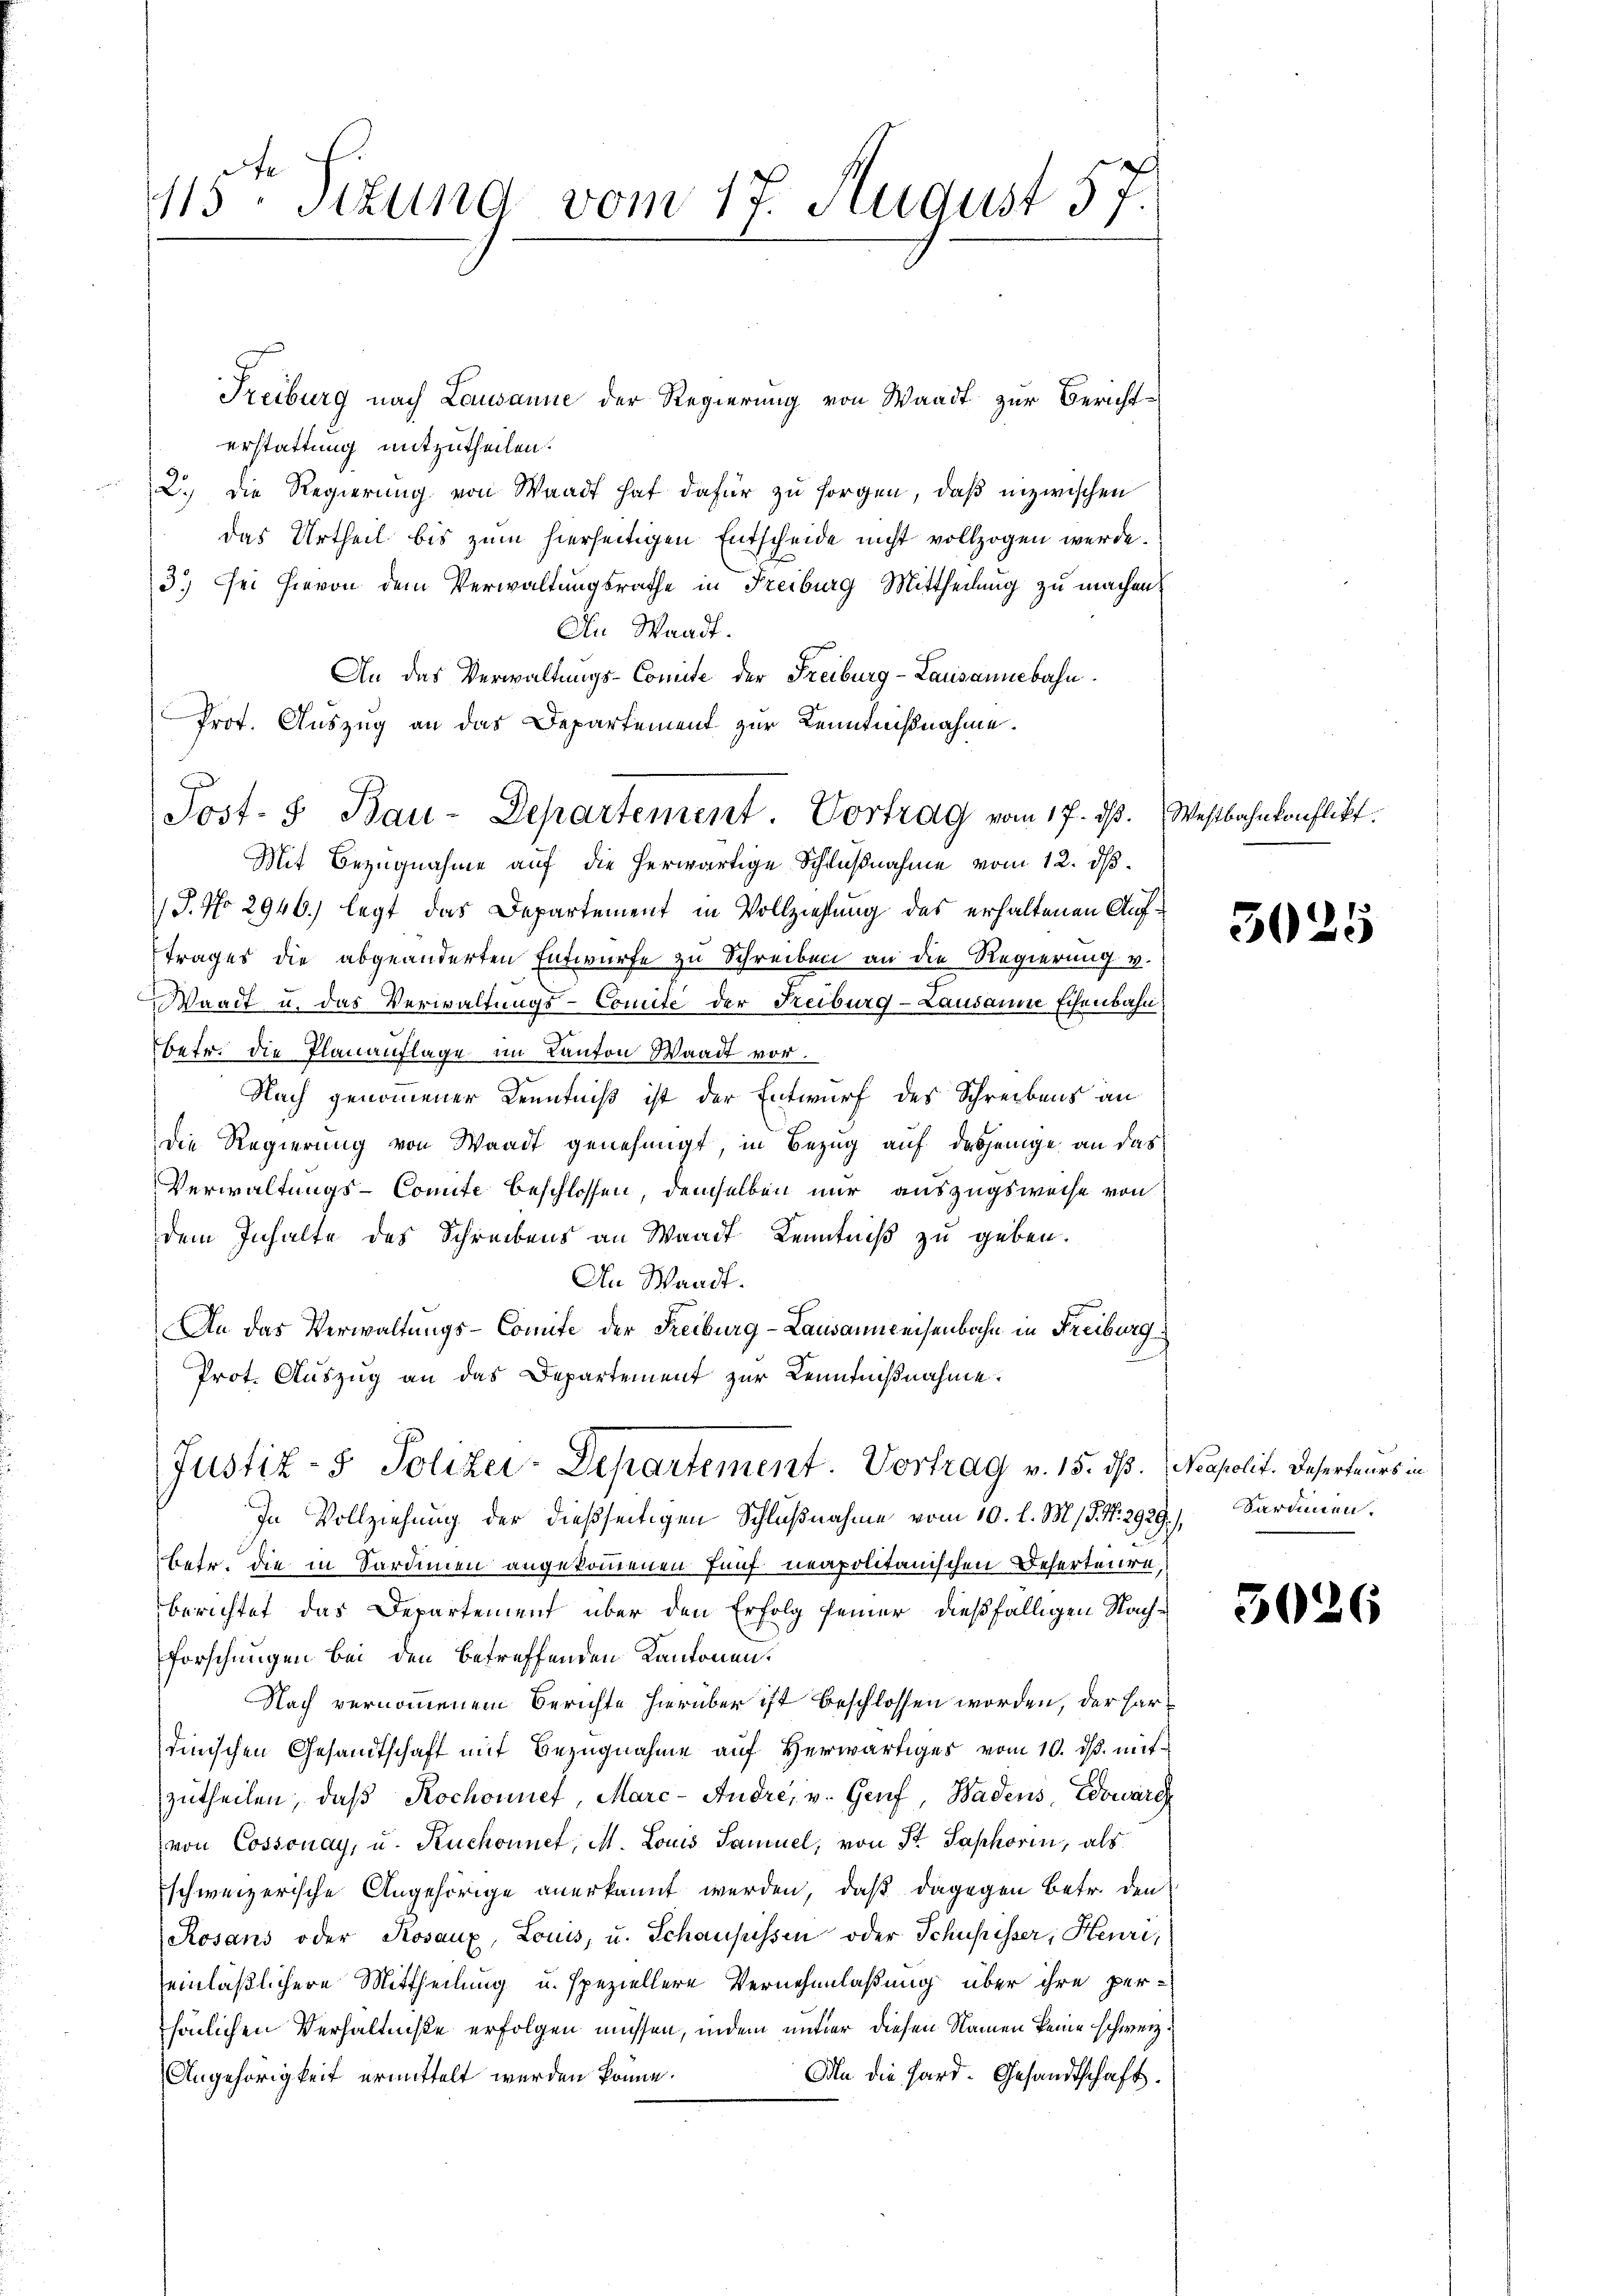
415. Sizung vom 17. August 57.

Freiburg nach Lausanne der Regierung von Waadt zur Berichterstattung mitzutheilen.
2.) Die Regierung von Waadt hat dafür zu sorgen, daß inzwischen
das Urtheil bis zum hierseitigen Entscheide nicht vollzogen werde.
3.) Sei hievon dem Verwaltungsrathe in Freiburg Mittheilung zu machen.
An Waadt.
An das Verwaltungs-Comite der Freiburg-Lausannebahn
Mit Bezugnahme auf die herwärtige Schlußnahme vom 12. ds.
J. No 2946.) legt das Departement in Vollziehung des erhaltenen Auftrages die abgeänderten Entwurfe zu Schreiben an die Regierung v.
Waadt u. das Verwaltungs-Comite der Freiburg-Lausanne schenbahn
betr. die Planauflage im Kanton Waadt vor.
Nach genommener Kenntniß ist der Entwurf des Schreibens an
die Regierung von Waadt genehmigt, in Bezug auf dasjenige an das
Verwaltungs-Comite beschlossen, demselben nur auszugsweise von
dem Inhalte des Schreibens an Waadt Kenntniβ zŭ geben.
An Waadt.
An das Verwaltungs-Comite der Freiburg-Lausannweisenbahn in Freiburg
Prot. Auszug an das Departement zur Kenntnißnahme.
Justiz- & Polizei-Departement. Vortrag v. 15. ds. Napolit. Daserteurs in
In Vollziehung der dießseitigen Schlußnahme vom 10. l. M. (G. N. 2929.),
betr. die in Sardinien angekommenen fünf neapolitanischen Deserteure,
berichtet das Departement über den Erfolg seiner dießfälligen Nach¬
Forschungen bei den betreffenden Kantonen.
Nach vernommenem Berichte hierüber ist beschlossen worden, der hardinischen Gesandtschaft mit Bezugnahme auf Herwärtiges vom 10. ds. mit
zŭtheilen, daβ Kochonnet, Marc- Andre, v. Genf, Badens, Edward
von Cossonay, u. Ruchonnet, M. Louis Samuel, von St. Saphorin, als
schweizerische Angehörige anerkannt werden, daß dagegen Betr. den
Rosans oder Kosaux, Louis, u. Schansessen oder Schupisser, Heuri,
einläßlichere Mittheilung u. speziellere Vernehmlaßung über ihre per-
sönlichen Verhältniße erfolgen müssen, indem unter diesen Namen keine schwerz¬
Aln die Hard. Gesandtschaft.
Angehörigkeit ermittelt werden könne.

Prot. Auszug an das Departement zur Kenntnißnahme.
Post.  Bau-Departement. Vortrag vom 17. ds. Westbahnkonflikt.

5025

Sardinen.

5026